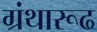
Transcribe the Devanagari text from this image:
ग्रंथारूढ